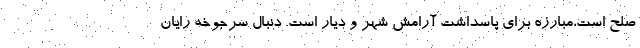
صلح است،مبارزه برای پاسداشت آرامش شهر و دیار است. دنبال سرجوخه رایان